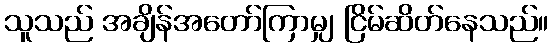
သူသည် အချိန်အတော်ကြာမျှ ငြိမ်ဆိတ်နေသည်။